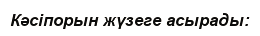
Кәсіпорын жүзеге асырады: